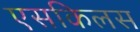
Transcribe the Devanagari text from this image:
एसकिलस